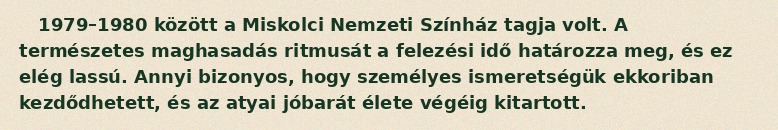
1979–1980 között a Miskolci Nemzeti Színház tagja volt. A természetes maghasadás ritmusát a felezési idő határozza meg, és ez elég lassú. Annyi bizonyos, hogy személyes ismeretségük ekkoriban kezdődhetett, és az atyai jóbarát élete végéig kitartott.